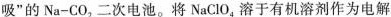
吸”的Na-CO_{2}二次电池。将NaClO_{4}溶于有机溶剂作为电解